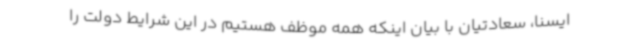
ایسنا، سعادتیان با بیان اینکه همه موظف هستیم در این شرایط دولت را